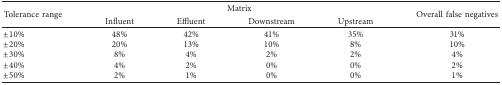
| <ROWSPAN=2> Tolerance range | <COLSPAN=4> Matrix | <ROWSPAN=2> Overall false negatives |
 | Influent | Effluent | Downstream | Upstream |
 | --- | --- | --- | --- | --- | --- |
 | ±10% | 48% | 42% | 41% | 35% | 31% |
 | ±20% | 20% | 13% | 10% | 8% | 10% |
 | ±30% | 8% | 4% | 2% | 2% | 4% |
 | ±40% | 4% | 2% | 0% | 0% | 2% |
 | ±50% | 2% | 1% | 0% | 0% | 1% |